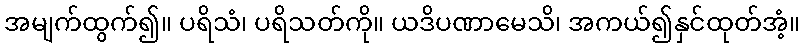
အမျက်ထွက်၍။ ပရိသံ၊ ပရိသတ်ကို။ ယဒိပဏာမေသိ၊ အကယ်၍နှင်ထုတ်အံ့။